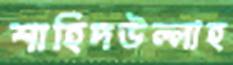
শাহিদউল্লাহ